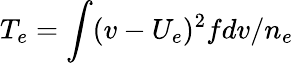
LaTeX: T_{e}=\int(v-U_{e})^{2}fdv/n_{e}